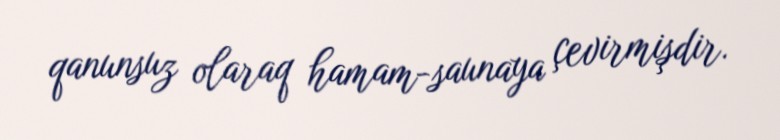
qanunsuz olaraq hamam-saunaya çevirmişdir.